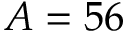
A = 5 6